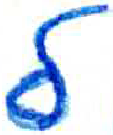
אות: ל